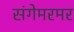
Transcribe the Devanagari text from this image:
संगेमरमर